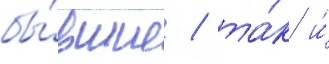
бы́вшие / та́к и́